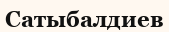
Сатыбалдиев